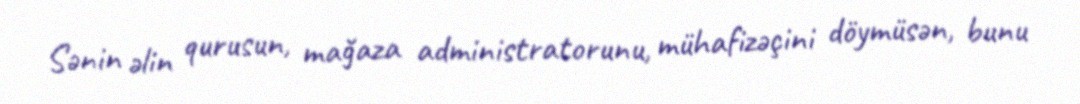
Sənin əlin qurusun, mağaza administratorunu, mühafizəçini döymüsən, bunu